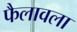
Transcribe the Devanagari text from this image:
फैलावला